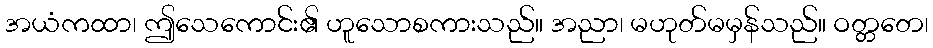
အယံကထာ၊ ဤသေကောင်း၏ ဟူသောစကားသည်။ အညာ၊ မဟုတ်မမှန်သည်။ ဝတ္တတေ၊